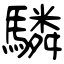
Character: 驎